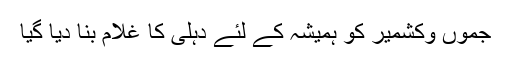
جموں وکشمیر کو ہمیشہ کے لئے دہلی کا غلام بنا دیا گیا